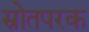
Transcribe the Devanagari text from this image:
स्रोतपरक